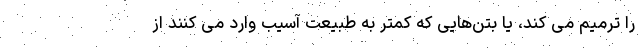
را ترمیم می کند، یا بتن‌هایی که کمتر به طبیعت آسیب وارد می کنند از